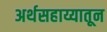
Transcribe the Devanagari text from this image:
अर्थसहाय्यातून